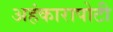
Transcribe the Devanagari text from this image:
अहंकारापोटी